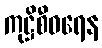
ကုဋ္ဌိစီဝရေန